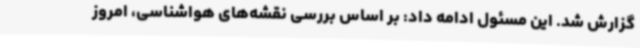
گزارش شد. این مسئول ادامه داد: بر اساس بررسی نقشه‌های هواشناسی، امروز